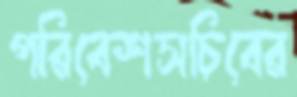
পরিবেশসচিবের